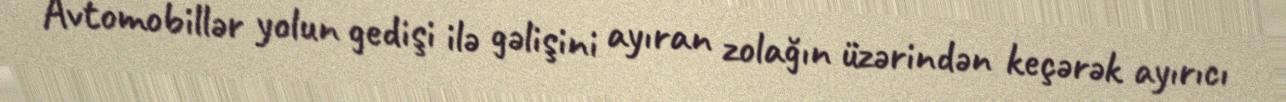
Avtomobillər yolun gedişi ilə gəlişini ayıran zolağın üzərindən keçərək ayırıcı